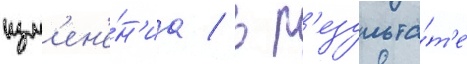
изм'ен'е́н'иа / в р'езульта́т'е